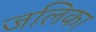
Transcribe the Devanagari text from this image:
जलिका